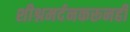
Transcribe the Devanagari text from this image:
शीश्नमर्दनकरूनही